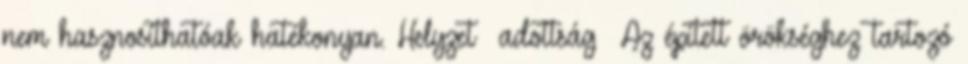
nem hasznosíthatóak hatékonyan. Helyzet adottság ▪Az épített örökséghez tartozó